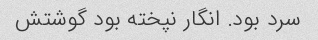
سرد بود. انگار نپخته بود گوشتش